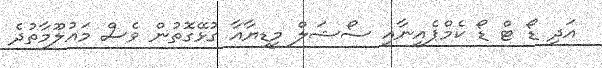
އަދި ޑޯ ޓް ޑޯ ކެމްޕެއިނާއި ސޯޝަލް މީޑިޔާއާ ގުޅޭގޮތުން ވެސް މައުލޫމާތުދެ